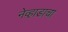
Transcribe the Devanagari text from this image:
नेव्हाडाचा